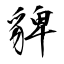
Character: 貏